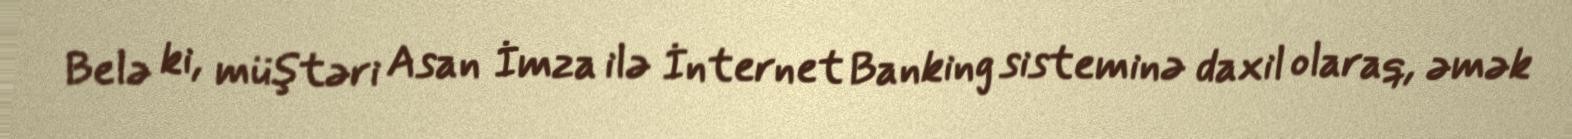
Belə ki, müştəri Asan İmza ilə İnternet Banking sisteminə daxil olaraq, əmək